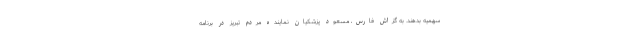
سهمیه بدهند. به گزاش فارس، مسعود پزشکیان نماینده مردم تبریز در برنامه